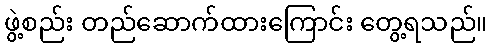
ဖွဲ့စည်း တည်ဆောက်ထားကြောင်း တွေ့ရသည်။